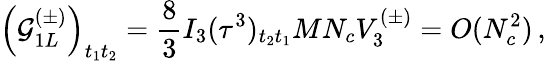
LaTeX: \left(\mathcal{G}_{1L}^{(\pm)}\right)_{t_{1}t_{2}}=\frac{{8}}{{3}}I_{3}(\tau^{3})_{t_{2}t_{1}}MN_{c}V_{3}^{(\pm)}=O(N_{c}^{2})\, ,